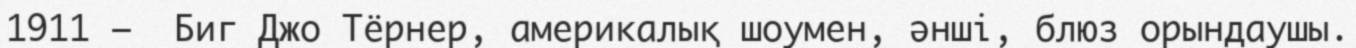
1911 —  Биг Джо Тёрнер, америкалық шоумен, әнші, блюз орындаушы.